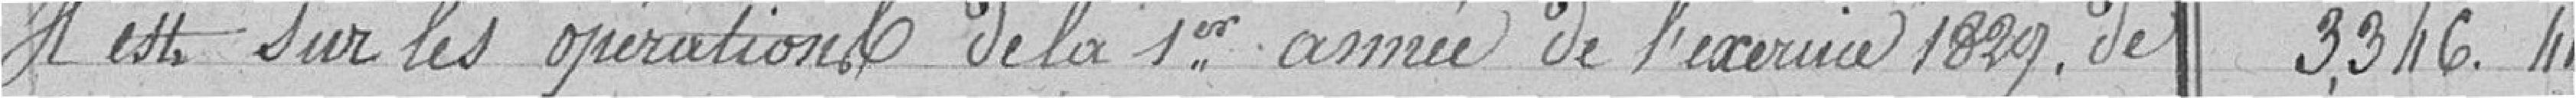
Il est sur les opérations de la 1er année de l'exercice 1829. de 3,346.41.